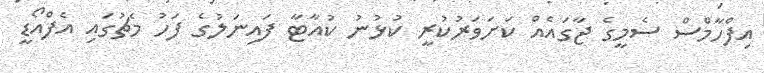
އިފްހާމްސް ސެމީގެ ޖާގައެއް ކަށަވަރުކުރީ ކުޅުނު ކުއާޓާ ފައިނަލުގެ ފަހު މެޗުގައި އެފްއޯޑީ